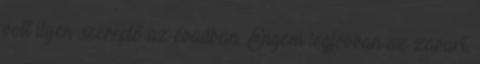
volt ilyen szereplő az évadban. Engem legjobban az zavart,